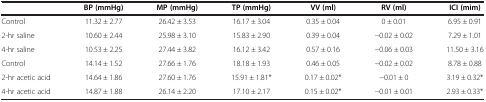
<table><thead><tr><td>[EMPTY_CELL]</td><td><b>BP (mmHg)</b></td><td><b>MP (mmHg)</b></td><td><b>TP (mmHg)</b></td><td><b>VV (ml)</b></td><td><b>RV (ml)</b></td><td><b>ICI (mim)</b></td></tr></thead><tbody><tr><td>Control</td><td>11.32 ± 2.77</td><td>26.42 ± 3.53</td><td>16.17 ± 3.04</td><td>0.35 ± 0.04</td><td>0 ± 0.01</td><td>6.95 ± 0.91</td></tr><tr><td>2-hr saline</td><td>10.60 ± 2.44</td><td>25.98 ± 3.10</td><td>15.83 ± 2.90</td><td>0.39 ± 0.04</td><td>-0.02 ± 0.02</td><td>7.29 ± 1.01</td></tr><tr><td>4-hr saline</td><td>10.53 ± 2.25</td><td>27.44 ± 3.82</td><td>16.12 ± 3.42</td><td>0.57 ± 0.16</td><td>-0.06 ± 0.03</td><td>11.50 ± 3.16</td></tr><tr><td>Control</td><td>14.14 ± 1.52</td><td>27.66 ± 1.76</td><td>18.18 ± 1.93</td><td>0.46 ± 0.05</td><td>-0.02 ± 0.02</td><td>8.78 ± 0.88</td></tr><tr><td>2-hr acetic acid</td><td>14.64 ± 1.86</td><td>27.60 ± 1.76</td><td>15.91 ± 1.81*</td><td>0.17 ± 0.02*</td><td>-0.01 ± 0</td><td>3.19 ± 0.32*</td></tr><tr><td>4-hr acetic acid</td><td>14.87 ± 1.88</td><td>26.14 ± 2.20</td><td>17.10 ± 2.17</td><td>0.15 ± 0.02*</td><td>-0.01 ± 0.01</td><td>2.93 ± 0.33*</td></tr></tbody></table>